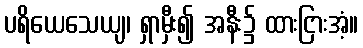
ပရိယေသေယျ၊ ရှာမှီး၍ အနီး၌ ထားငြားအံ့။